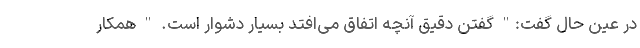
در عین حال گفت:" گفتن دقیق آنچه اتفاق می‌افتد بسیار دشوار است. " همکار